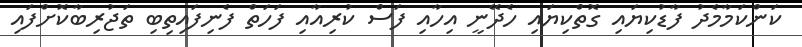
ކަންކަމާމެދު ފާޑުކިޔައި ގޮތްކިޔައި ހެދޭނީ އިހާއި ފަސް ކުރިއާއި ފަހަތް ފެނިފައިތިބި ތަޖުރިބާކޮށްފައި